Calcutta medical institutions reports 1892-1900
Year: 1892
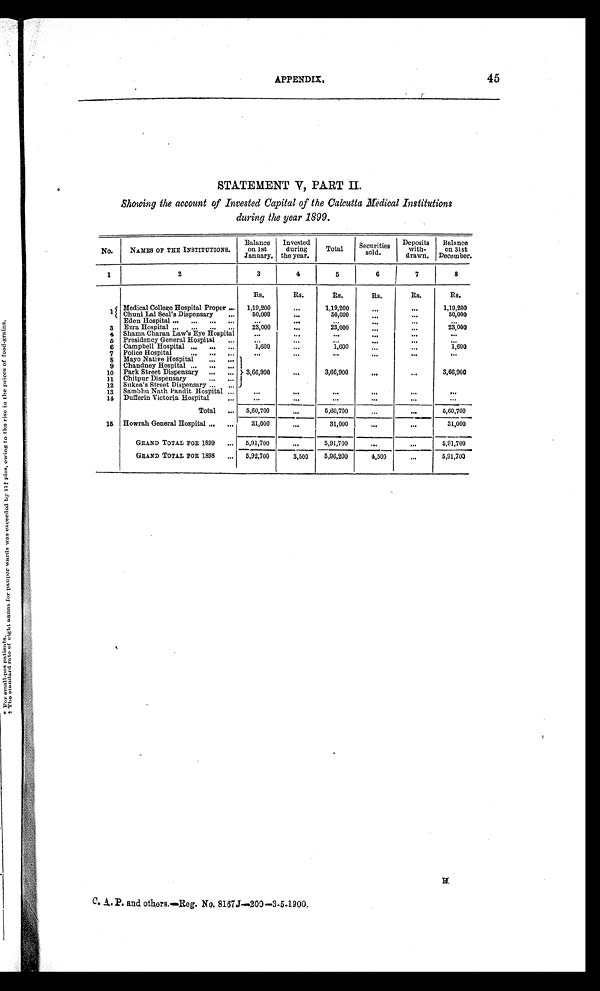
APPENDIX.
45
STATEMENT V, PART II.
Showing the account of Invested Capital of the Calcutta Medical Institutions
during the year 1899.
No.
NAMES OF THE INSTITUTIONS.
Balance
on 1st
January.
Invested
during
the year.
Total
Securities
sold.
Deposits
with-
drawn.
Balance
on 31st
December.
1
2
3
4
5
6
7
8
Rs.
Rs.
Rs.
Rs.
Rs.
R s .
1 Medical College Hospital Proper ...
1,19,200
. . . 1,19,200
. . .
. . . 1,19,200
Chuni Lal Seal's Dispensary
...
50, 000.
. . . 50,000
. . .
...
50,000
Eden Hospital ...
...
...
...
. . .
. . .
. . .
...
...
...
3 Ezra Hospital ...
...
. . . . . .
23,000
. . . 23,000
. . .
. . . 23,000
4
Shama Charan Law's Eye Hospital
...
...
. . .
. . .
. . .
. . .
5 Presidency General Hospital
...
...
... ...
...
. . .
...
6 Campbell Hospital ...
...
...
1,600
. . . 1,600
...
...
1,600
7 Police Hospital
...
...
... ...
. . .
. . .
. . .
.
. . .
. . .
8 Mayo Native Hospital
3,66,900
.1
...
3,66,900
. . .
. . . 3,66,900
9 Chandney Hospital ...
... ...
10 Park Street Dispensary ...
...
1 1 Chitpur Dispensary
12 Sukea's Street Dispensary ...
...
13 Sambhu Nath Pandit Hospital ...
. . .
. . .
. . .
. . .
... ...
14 Dufferin Victoria Hospital
...
...
. . .
. . .
...
... ...
Total ...
5 , 6 0 , 7 0 0
...
5,60,700
. . .
5,60,700
l5 Howrah General Hospital ... ...
3 1 , 0 0 0
. . . 31,000
. . .
.
. . .
31,000
GRAND TOTAL FOR 1899 ...
5,91,700
. . . 5,91,700
...
. . . 5,91,700
GRAND TOTAL FOR 1898 ...
5,92,700
3,500
5,96,200
4,500
. . . 5,91,700
C.A. P. and others.—Reg. No. 8167J—200— 3.5.1900.